Riigikantselei, lk 108
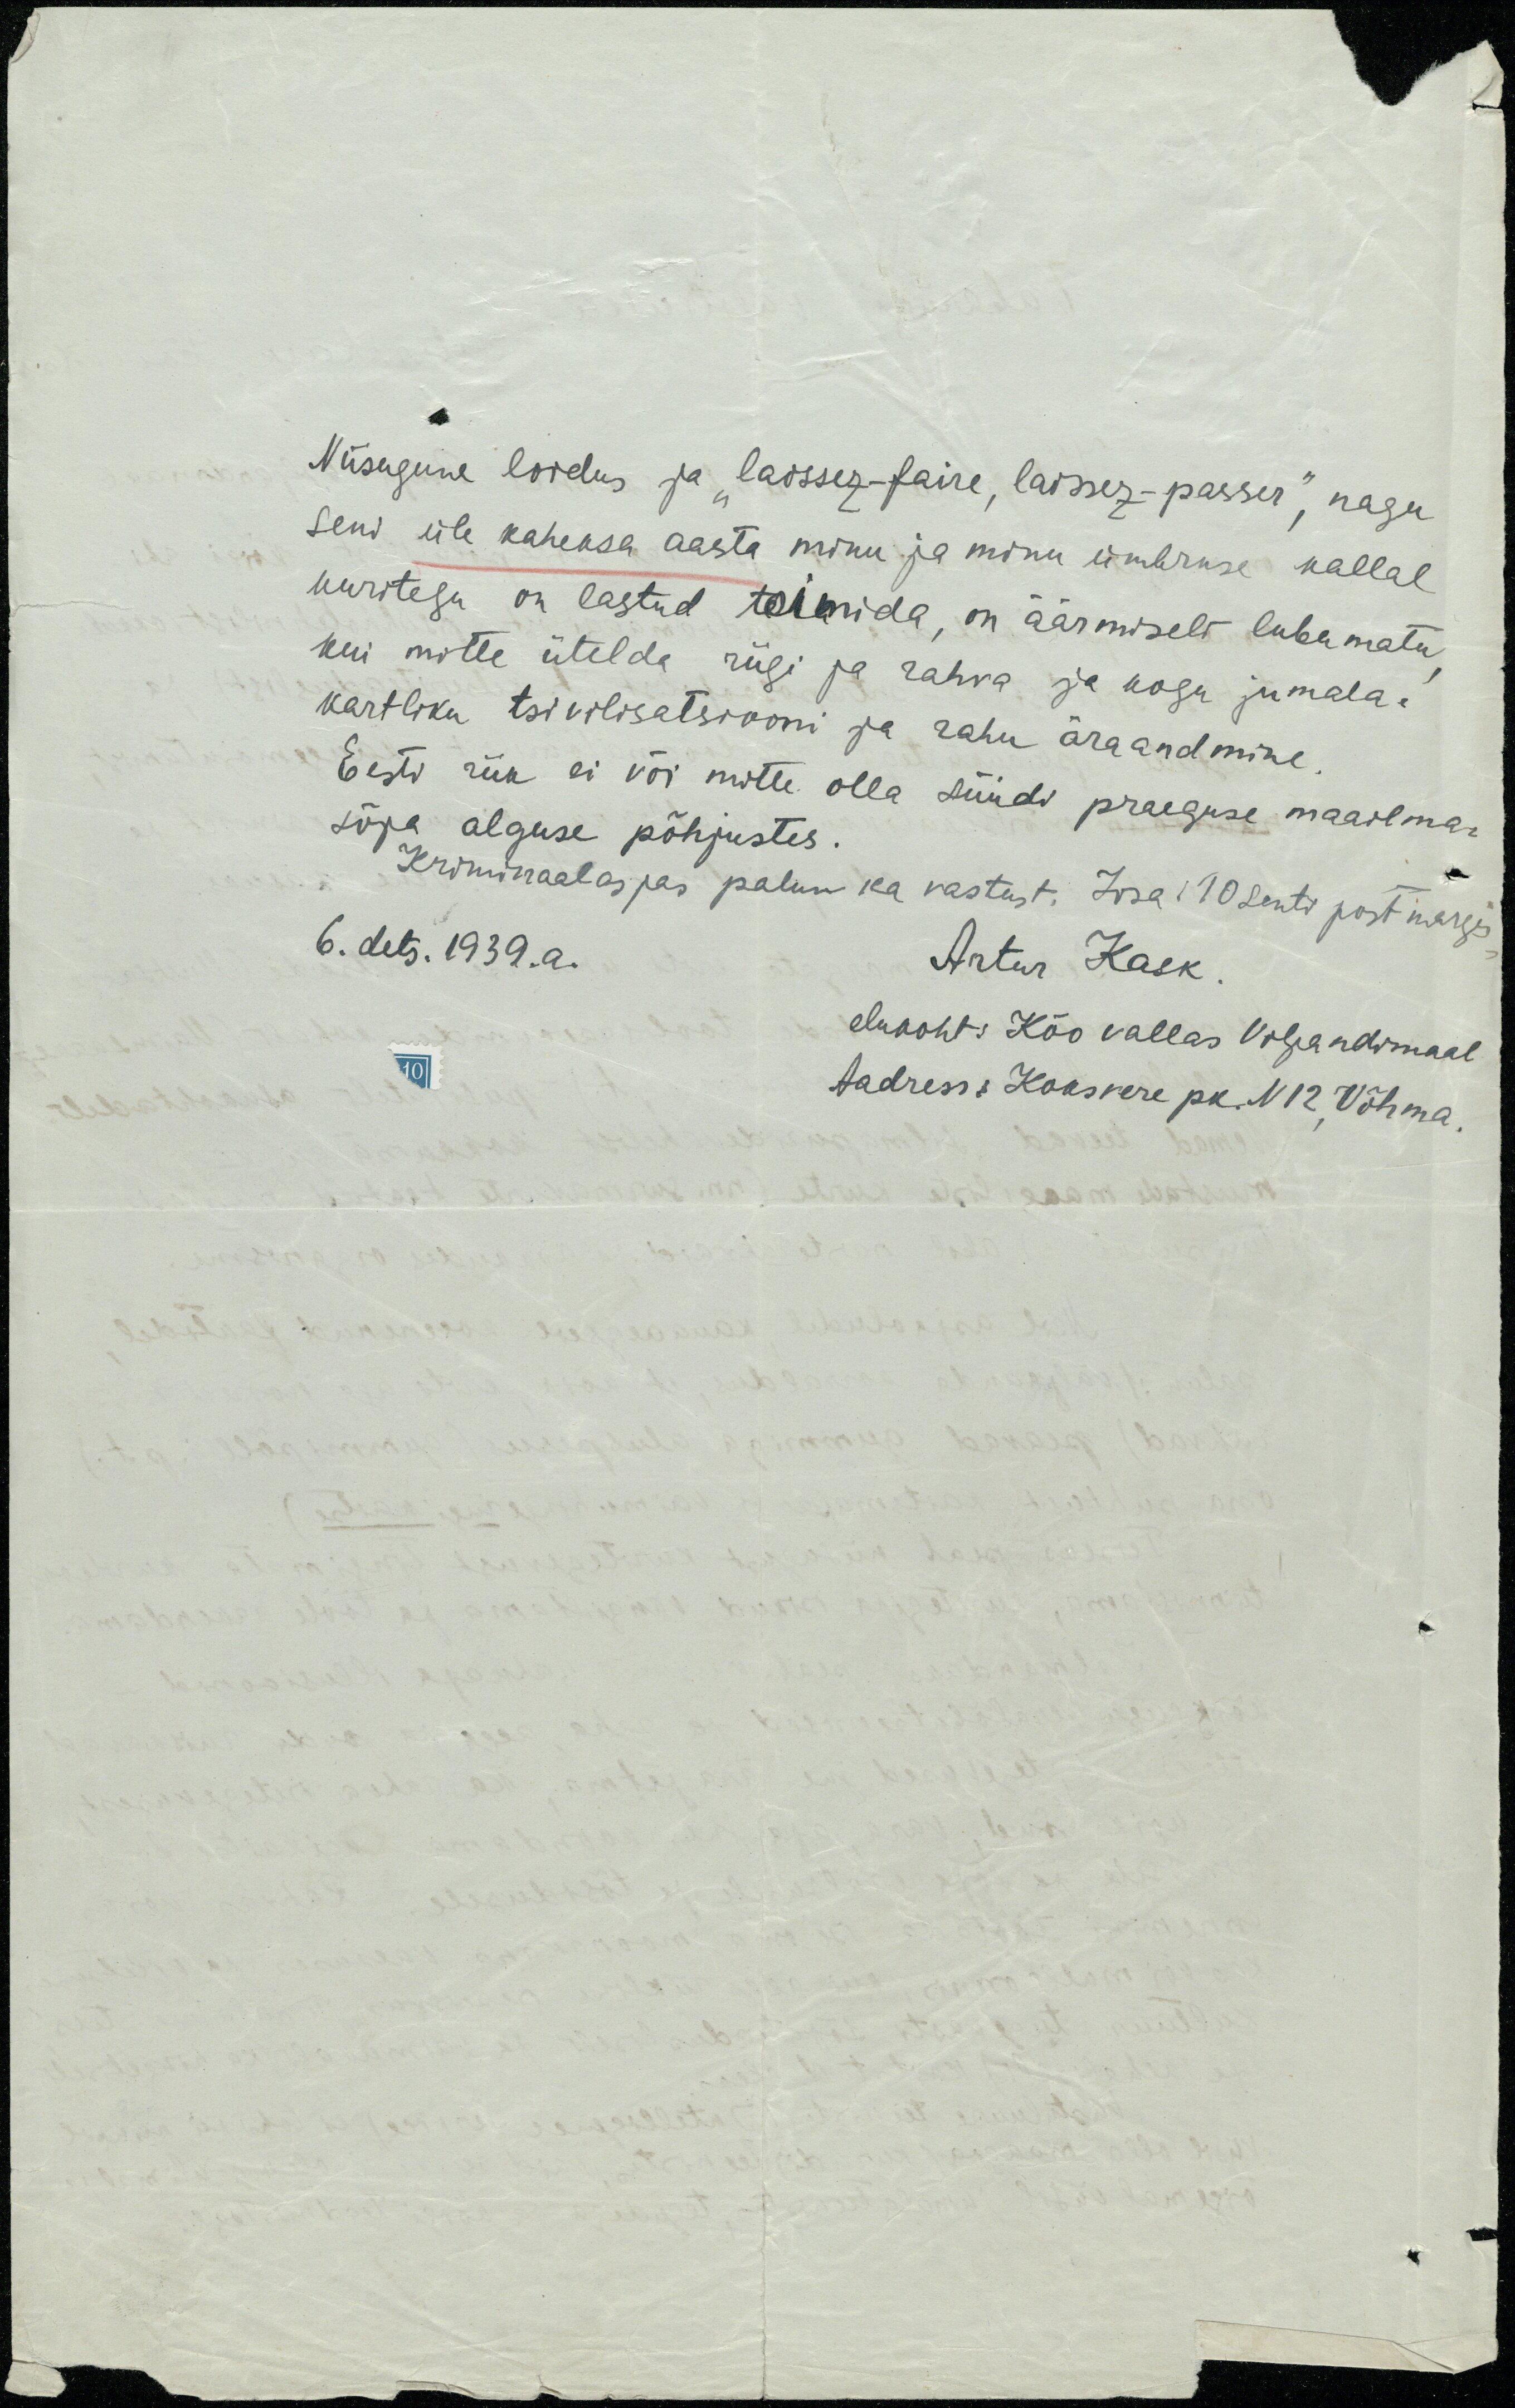
Niisugune loidus ja "laissez-faire, laisesez-passer", nagu
seni üle kaheksa aasta minu ja minu ümbruse kallal
kuritegu on lastud toimida, on äärmiselt lubamatu
kui mitte ütelda riigi ja rahva ja kogu juma-
kartliku tsivilisatsiooni ja rahu äraandmine.
Eesti riik ei või mitte olla süüdi praeguse maailma-
sõja alguse põhjustes.
Kriminaalasjas palun ka vastust. Lisa: 10 senti post margis
6. dets. 1939. a.
Artur Kask
elukoht: Käo vallas Viljandimaal
Aadress: Koksvere pk. N12, Võhma.